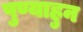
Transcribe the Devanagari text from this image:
पुण्याहुन